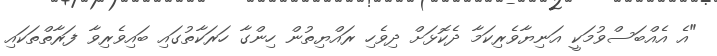
"އެ އެއްބަސްވުމަކީ އަނިޔާވެރިކަމާ ދެކޮޅަށް ދިވެހި ރައްޔިތުން ހިންގާ ހަރަކާތުގައި ބައިވެރިވާ ފަރާތްތަކައި